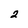
Character: 2